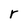
Character: r